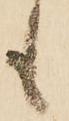
も